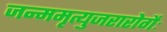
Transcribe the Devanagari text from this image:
जन्ममृत्युजरारोगैः